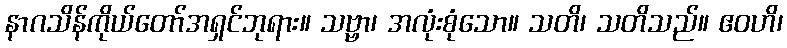
နာဂသိန်ကိုယ်တော်အရှင်ဘုရား။ သဗ္ဗာ၊ အလုံးစုံသော။ သတိ၊ သတိသည်။ ဧဝဟိ၊